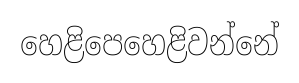
හෙළිපෙහෙළිවන්නේ